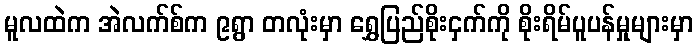
မူလထဲက အဲလက်စ်က ၉ရွာ တလုံးမှာ ရွှေပြည်စိုးငှက်ကို စိုးရိမ်ပူပန်မှုများမှာ